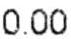
0.00